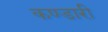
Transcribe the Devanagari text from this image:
कण्डारी